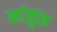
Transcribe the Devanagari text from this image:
नांबुरु